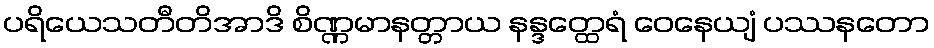
ပရိယေသတီတိအာဒိ စိဏ္ဏမာနတ္တာယ နန္ဒတ္ထေရံ ဝေနေယျံ ပဿနတော